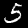
Label: 5